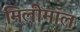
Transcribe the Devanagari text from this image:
मिलीमॉल